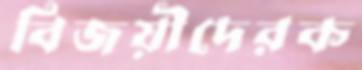
বিজয়ীদেরক